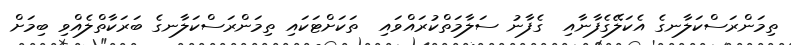
ތިމަންރަސްކަލާނގެ އެކަލޭގެފާނާއި  ގެފާނު ސަލާމަތްކުރައްވައި  ތަކަށްޓަކައި ތިމަންރަސްކަލާނގެ ބަރަކާތްލެއްވި ބިމަށް